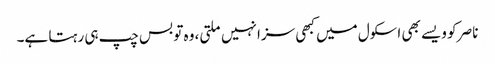
ناصر کو ویسے بھی اسکول میں کبھی سزا نہیں ملتی، وہ تو بس چپ ہی رہتا ہے۔